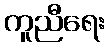
ကူညီရေး